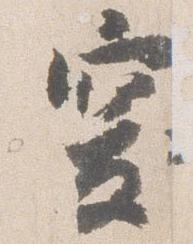
突